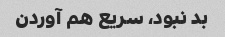
بد نبود، سریع هم آوردن